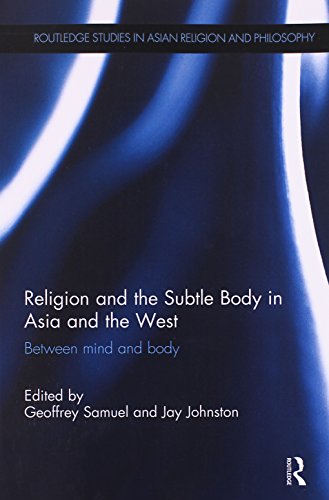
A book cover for Religion and the Subtle Body in Asia and the West: Between Mind and Body (Routledge Studies in Asian Religion and Philosophy); Religion & Spirituality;